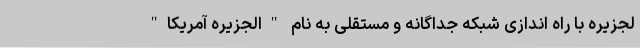
لجزیره با راه اندازی شبکه جداگانه و مستقلی به نام "الجزیره آمریکا"